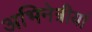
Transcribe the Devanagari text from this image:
अभिनेत्रीयां